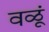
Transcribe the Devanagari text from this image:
वळूं